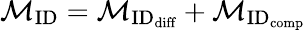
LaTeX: \mathcal{M}_{\textrm{ID}}=\mathcal{M}_{\textrm{ID}_{\textrm{diff}}}+\mathcal{M}_{\textrm{ID}_{\textrm{comp}}}